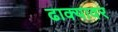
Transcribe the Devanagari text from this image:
ढाक्यावर